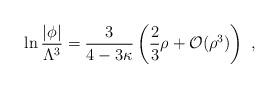
LaTeX: \begin{align*}\ln \frac{|\phi|}{\Lambda^3} = \frac3{4-3\kappa} \left( \frac23 \rho+ \mathcal{O}(\rho^3) \right)~,\end{align*}